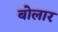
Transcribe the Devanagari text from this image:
बोलार